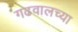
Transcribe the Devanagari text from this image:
गढवालच्या